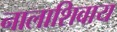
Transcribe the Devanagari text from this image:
नालाशिवाय